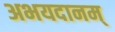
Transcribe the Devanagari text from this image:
अभयदानम्